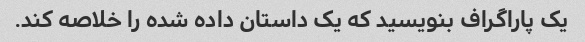
یک پاراگراف بنویسید که یک داستان داده شده را خلاصه کند.